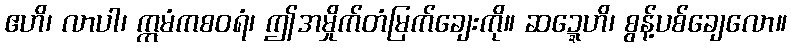
ဧဟိ၊ လာပါ၊ ဣမံကစဝရံ၊ ဤအမှိုက်တံမြက်ချေးကို။ ဆဍ္ဍေဟိ၊ စွန့်ပစ်ချေလော။